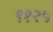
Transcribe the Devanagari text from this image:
९१२५